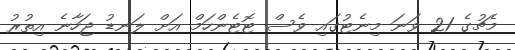
މެޗުގެ 21 ވަނަ މިނެޓުގައި ވެސް ޓޮޓެންހަމް އަށް ލަނޑު ޖަހާނެ އިތުރު